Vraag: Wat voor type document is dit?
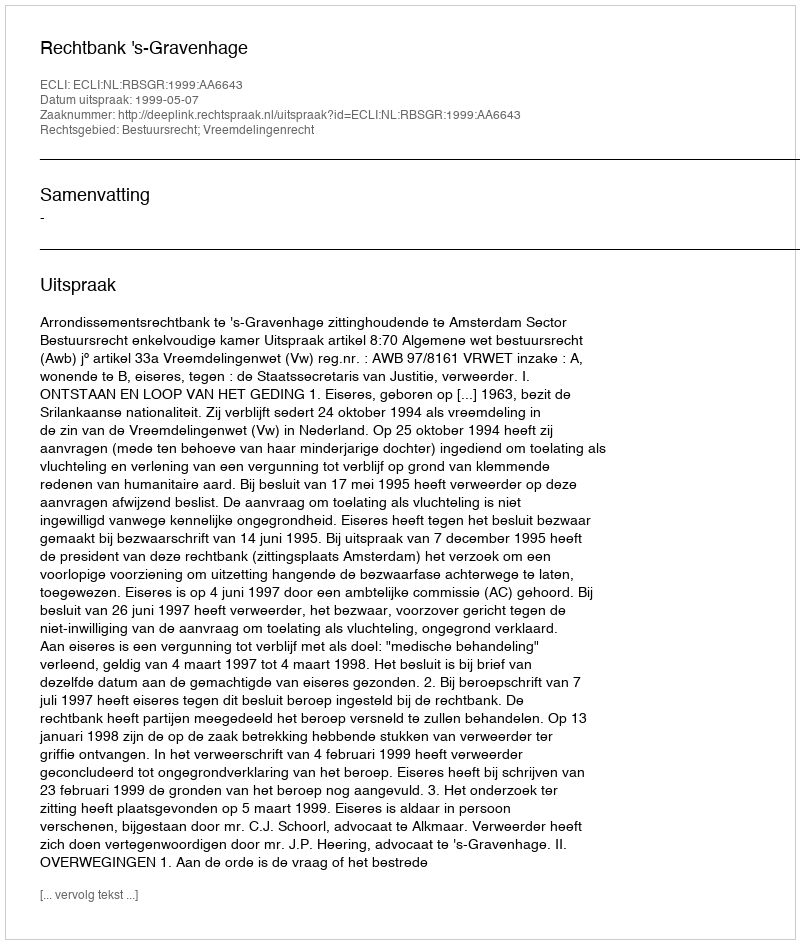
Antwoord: Uitspraak